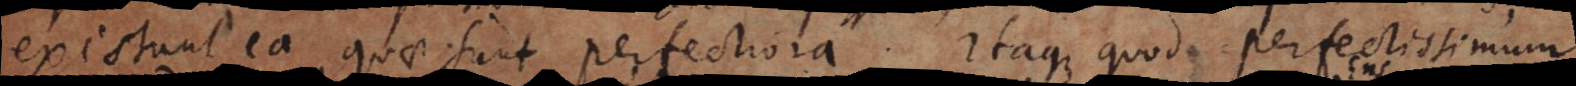
existunt ea quae sunt perfectiora. Itaque quod perfectissimum